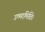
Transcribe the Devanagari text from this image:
उष्मामिति।